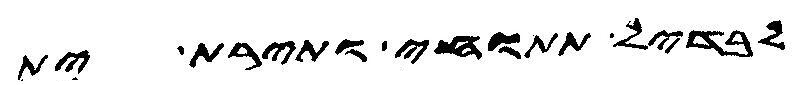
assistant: לבדיל תתוחי ותירת ית